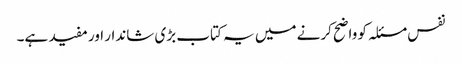
نفس مسئلہ کو واضح کرنے میں یہ کتاب بڑی شاندار اور مفید ہے۔